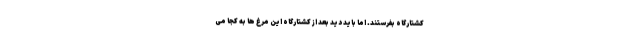
کشتارگاه بفرستند. اما باید دید بعد از کشتارگاه این مرغ ها به کجا می